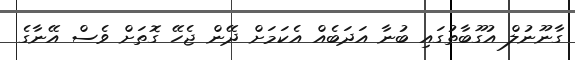
ގާނޫނުލް އުގޫބާތުގައި ބުނާ އަދަބެއް އެކަމަށް ދޭން ޖެހޭ ގޮތަށް ވެސް އޭނާގެ